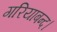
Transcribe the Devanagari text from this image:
गरियाबन्द।